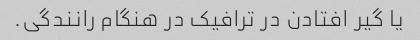
یا گیر افتادن در ترافیک در هنگام رانندگی.